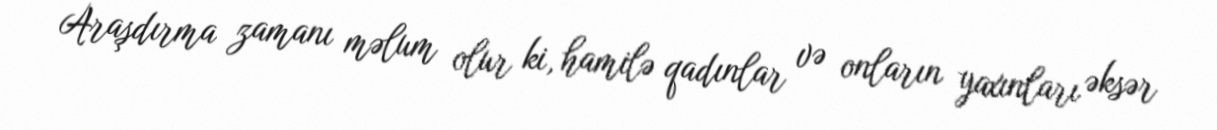
Araşdırma zamanı məlum olur ki, hamilə qadınlar və onların yaxınları əksər